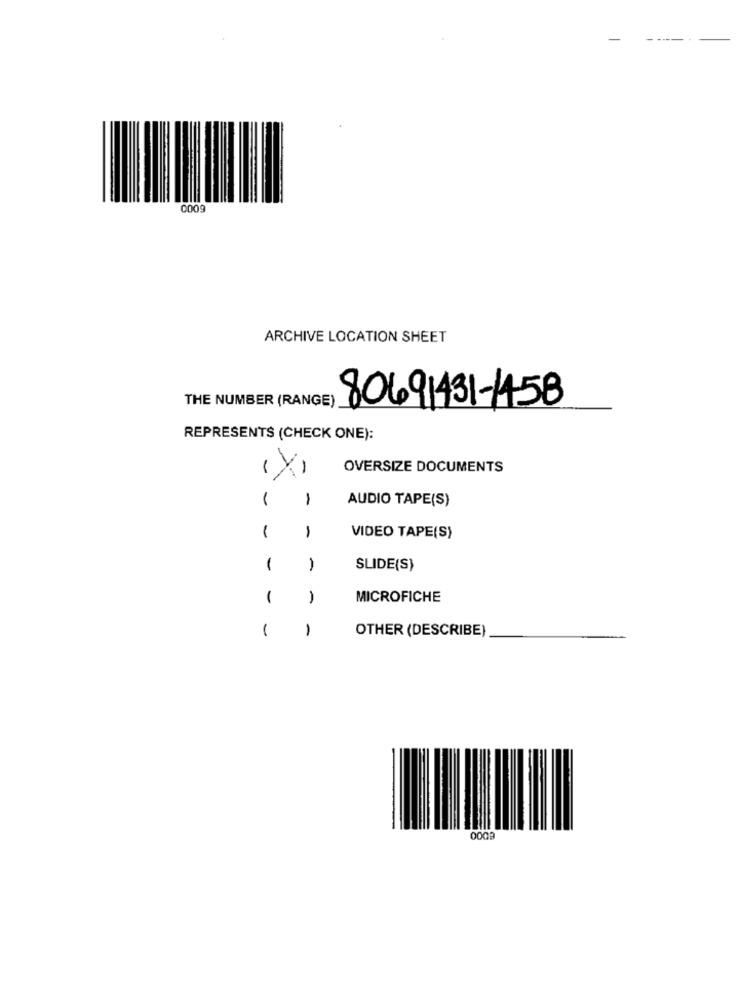
-
0009
ARCHIVE LOCATION SHEET
THE NUMBER (RANGE)
80691431-1458
REPRESENTS (CHECK ONE):
(X)
OVERSIZE DOCUMENTS
-
1
AUDIO TAPE(S)
-
-
VIDEO TAPE(S)
1
-
SLIDE(S)
1
-
MICROFICHE
1
1
OTHER (DESCRIBE)